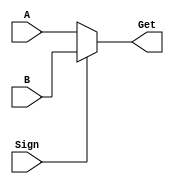
`timescale 1ns / 1ps
 
module DataSelect_2(input [31:0] A, B,
                    input Sign,
						  output wire [31:0] Get);
 
    assign Get = Sign ? B : A;
 
endmodule